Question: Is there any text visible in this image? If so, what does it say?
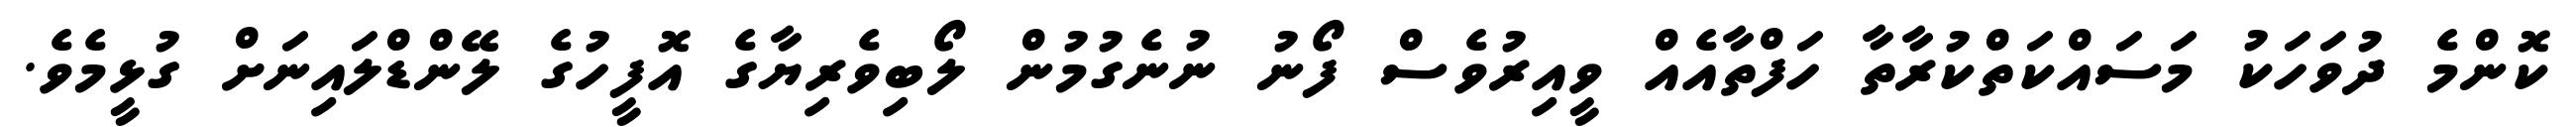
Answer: ކޮންމެ ދުވަހަކު މަސައްކަތްކުރާތާ ހަފްތާއެއް ވީއިރުވެސް ފޯނު ނުނެގުމުން ލޯބިވެރިޔާގެ އޮފީހުގެ ލޭންޑްލައިނަށް ގުޅީމެވެ.